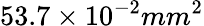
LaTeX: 53.7\times 10^{-2}mm^{2}